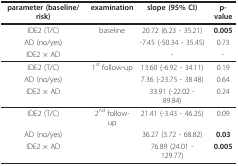
<table><thead><tr><td><b>parameter (baseline/risk)</b></td><td><b>examination</b></td><td><b>slope (95% CI)</b></td><td><b>p-value</b></td></tr></thead><tbody><tr><td>IDE2 (T/C)</td><td>baseline</td><td>20.72 (6.23 - 35.21)</td><td><b>0.005</b></td></tr><tr><td>AD (no/yes)</td><td></td><td>-7.45 (-50.34 - 35.45)</td><td>0.73</td></tr><tr><td>IDE2 × AD</td><td></td><td>-</td><td>-</td></tr><tr><td>IDE2 (T/C)</td><td>1<sup>st </sup>follow-up</td><td>13.60 (-6.92 - 34.11)</td><td>0.19</td></tr><tr><td>AD (no/yes)</td><td></td><td>7.36 (-23.75 - 38.48)</td><td>0.64</td></tr><tr><td>IDE2 × AD</td><td></td><td>33.91 (-22.02 - 89.84)</td><td>0.24</td></tr><tr><td>IDE2 (T/C)</td><td>2<sup>nd </sup>follow-up</td><td>21.41 (-3.43 - 46.25)</td><td>0.09</td></tr><tr><td>AD (no/yes)</td><td></td><td>36.27 (3.72 - 68.82)</td><td><b>0.03</b></td></tr><tr><td>IDE2 × AD</td><td></td><td>76.89 (24.01 - 129.77)</td><td><b>0.005</b></td></tr></tbody></table>